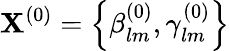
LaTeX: \mathbf{X}^{(0)}=\left\lbrace{\beta_{lm}^{(0)},\gamma_{lm}^{(0)}}\right\rbrace